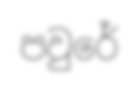
පවුරේ